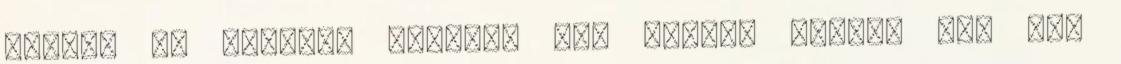
autót, és újságot hordtam ki. Eltelt másfél év, hol